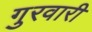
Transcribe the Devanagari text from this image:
गुरवारी